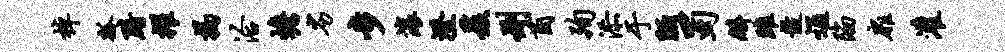
棹瓢黯擢揭洽蟾劣步滚澄爰删茵殉添于陋蜀麟雎鼓通陷扉灌